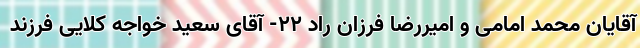
آقایان محمد امامی و امیررضا فرزان راد ۲۲- آقای سعید خواجه کلایی فرزند